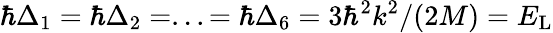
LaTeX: \hbar\Delta_{1}=\hbar\Delta_{2}=...=\hbar\Delta_{6}=3\hbar^{2}k^{2}/(2M)=E_{\mathrm{L}}